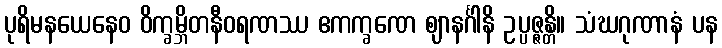
ပုရိမနယေနေဝ ဝိက္ခမ္ဘိတနီဝရဏဿ ဧကက္ခဏေ ဈာနင်္ဂါနိ ဥပ္ပဇ္ဇန္တိ။ သံဃဂုဏာနံ ပန